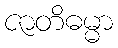
ဇာတိဓမ္မာ